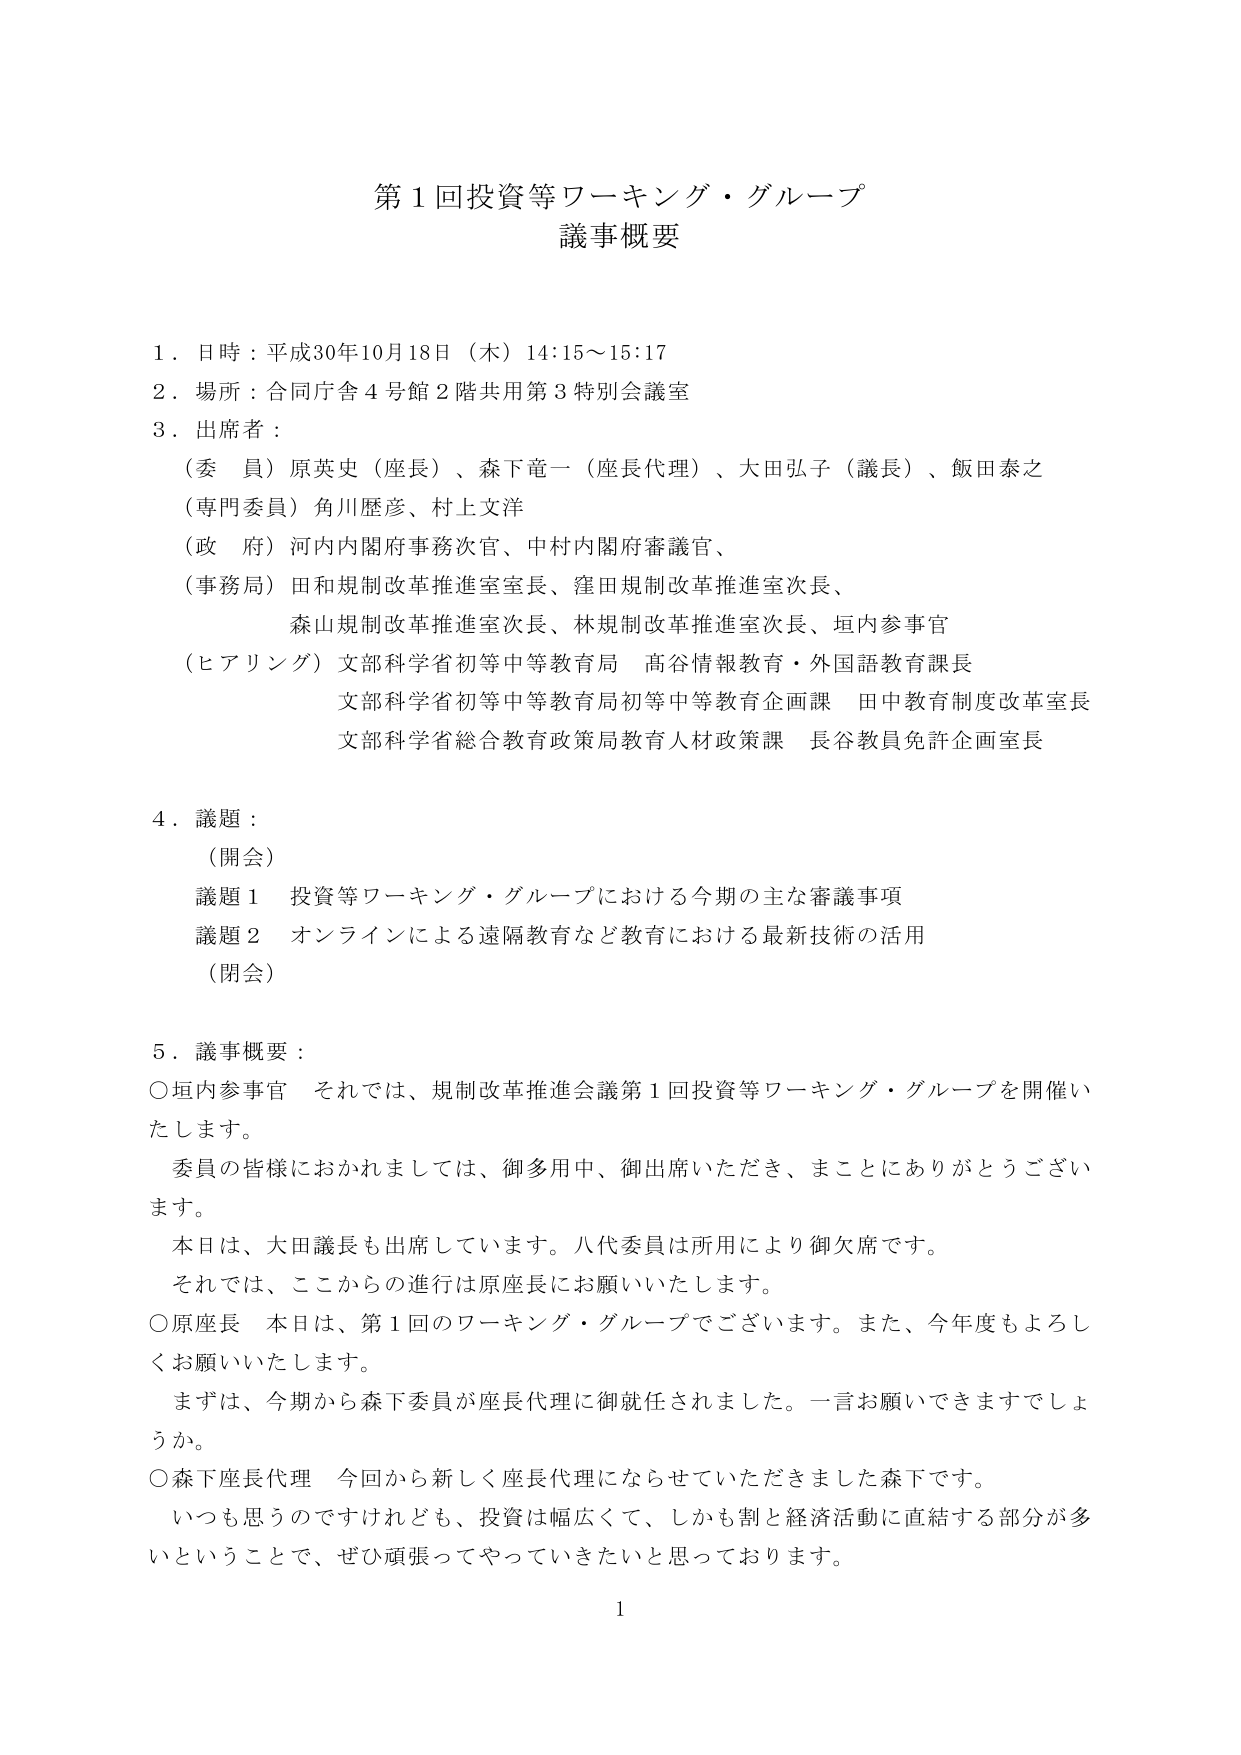
第１回投資等ワーキング・グループ
議事概要

１．日時：平成30年10月18日（木）14:15～15:17
２．場所：合同庁舎４号館２階共用第３特別会議室
３．出席者：
　（委員）原英史（座長）、森下竜一（座長代理）、大田弘子（議長）、飯田泰之
　（専門委員）角川歴彦、村上文洋
　（政府）河内内閣府事務次官、中村内閣府審議官、
　（事務局）田和規制改革推進室室長、窪田規制改革推進室次長、
　　　　　森山規制改革推進室次長、林規制改革推進室次長、垣内参事官
　（ヒアリング）文部科学省初等中等教育局　高谷情報教育・外国語教育課長
　　　　　　　文部科学省初等中等教育局初等中等教育企画課　田中教育制度改革室長
　　　　　　　文部科学省総合教育政策局教育人材政策課　長谷教員免許企画室長

４．議題：
　（開会）
　議題１　投資等ワーキング・グループにおける今期の主な審議事項
　議題２　オンラインによる遠隔教育など教育における最新技術の活用
　（閉会）

５．議事概要：
　○垣内参事官　それでは、規制改革推進会議第１回投資等ワーキング・グループを開催いたします。
　　委員の皆様におかれましては、御多用中、御出席いただき、まことにありがとうございます。
　　本日は、大田議長も出席しています。八代委員は所用により御欠席です。
　　それでは、ここからの進行は原座長にお願いいたします。
　○原座長　本日は、第１回のワーキング・グループでございます。また、今年度もよろしくお願いいたします。
　　まずは、今期から森下委員が座長代理に御就任されました。一言お願いできますでしょうか。
　○森下座長代理　今回から新しく座長代理にならせていただきました森下です。
　　いつも思うのですけれども、投資は幅広くて、しかも割と経済活動に直結する部分が多いということで、ぜひ頑張ってやっていきたいと思っております。

1